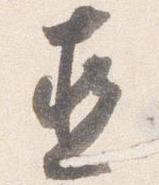
直